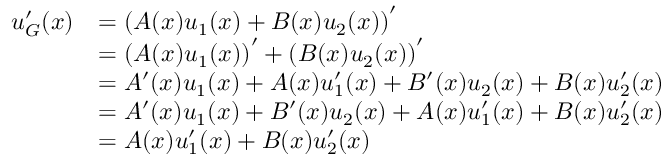
{ \begin{array} { r l } { u _ { G } ^ { \prime } ( x ) } & { = \left( A ( x ) u _ { 1 } ( x ) + B ( x ) u _ { 2 } ( x ) \right) ^ { \prime } } \\ & { = \left( A ( x ) u _ { 1 } ( x ) \right) ^ { \prime } + \left( B ( x ) u _ { 2 } ( x ) \right) ^ { \prime } } \\ & { = A ^ { \prime } ( x ) u _ { 1 } ( x ) + A ( x ) u _ { 1 } ^ { \prime } ( x ) + B ^ { \prime } ( x ) u _ { 2 } ( x ) + B ( x ) u _ { 2 } ^ { \prime } ( x ) } \\ & { = A ^ { \prime } ( x ) u _ { 1 } ( x ) + B ^ { \prime } ( x ) u _ { 2 } ( x ) + A ( x ) u _ { 1 } ^ { \prime } ( x ) + B ( x ) u _ { 2 } ^ { \prime } ( x ) } \\ & { = A ( x ) u _ { 1 } ^ { \prime } ( x ) + B ( x ) u _ { 2 } ^ { \prime } ( x ) } \end{array} }